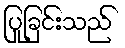
ပြုခြင်းသည်